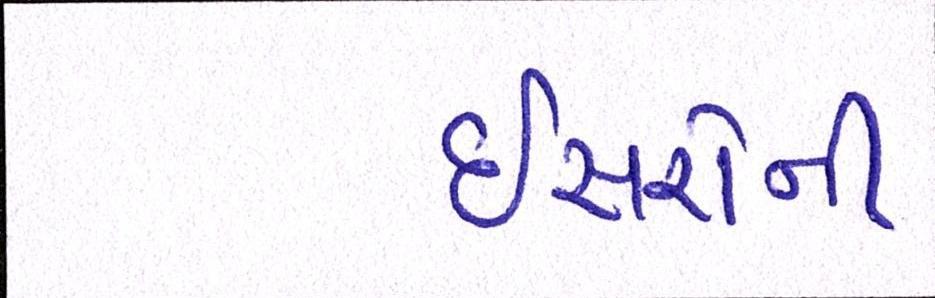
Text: ઇસરોની